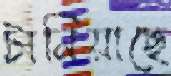
টানিয়াছে